Vaccination North-Western Provinces 1866-1877 - 1866-1877
Year: 1866
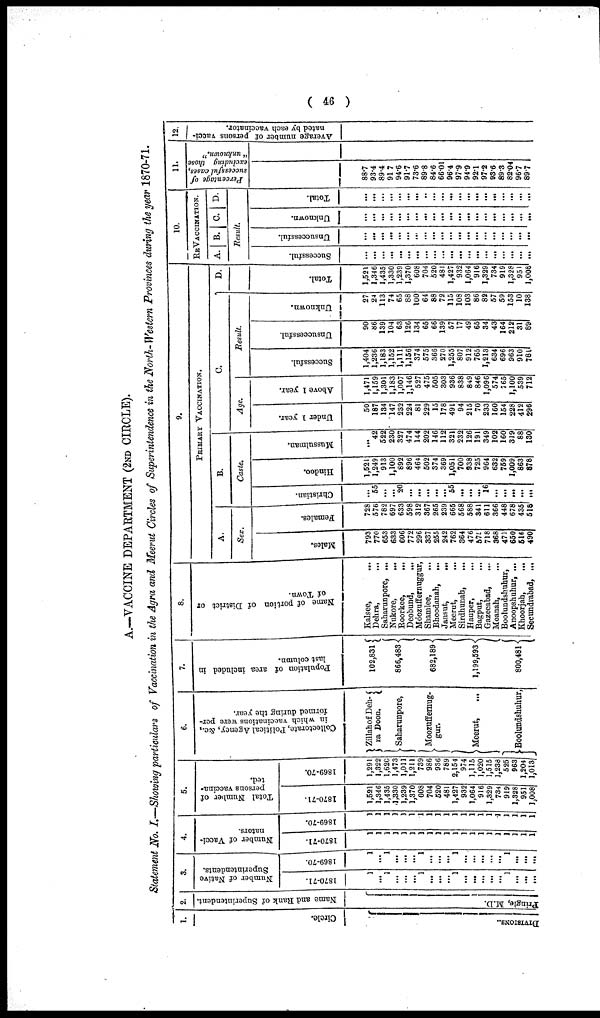
( 46 )
A.—VACCINE DEPARTMENT ( 2ND CIRCLE).
Statement No. I.—Showing particulars of Vaccination in the Agra and Meerut Circles of Superintendence in the North- Western Provinces during the y
1.
Circle.
DIVISIONS.
2.
Name and Rank of Superintendent.
Pringle, M.D.
3.
Number of Native
Superintendents.
1870-71.
1
...
1
...
...
... 1
...
...
... 1
...
...
...
...
... 1
...
...
...
1869-70.
1
...
1
...
...
...
1
...
...
...
1
...
...
...
...
...
1
...
...
...
4.
Number of Vacci-
nators.
1870-71.
1
1
1
1
1
1
1
1
1
1
1
1
1
1
1
1
1
1
1
1
1869-70.
1
1
1
1
1
1
1
1
1
1
1
1
1
1
1
1
1
1
1 1
5.
Total Number of
persons vaccina-
ted.
1870-71.
1, 521
1, 346
1, 435
1, 330
1, 239
1, 370
608
704
520
481
1, 427
932
1, 064
916
1, 329
734
919
1, 328
951
1, 008
1869-70.
1, 291
1, 322
1, 620
1, 473
1, 011
1, 211
739
986
936
789
2, 154
974
1, 115
1, 020
1, 515
1, 238
525
963
1, 204
1, 013
6.
Collectorate, Political Agency, &c.,
in which vaccinations were per-
formed during the year.
Zillah of Deh-
ra Doon.
Saharunpore,
Moozuffernug-
gur.
Meerut, ...
Boolundshuhur,
7.
P opulation of area included in
last column.
102, 831
866, 483
682, 189
1, 199, 593
800, 481
8.
Name of portion of District or
of Town.
Kalsee,
...
Dehra,
...
Saharunpore, ...
Nukore,
...
Roorkee, ...
Deobund, ...
Moozuffernuggur,
Shamlee, ...
Bhoodanah, ...
Jansut,
...
Meerut,
...
Sirdhunah, ...
Hauper, ...
Bagput,
...
Gazeeabad, ...
Moanah, ...
Boolundshuhur,
Anoopshuhur, ...
Khoorjah, ...
Secundrabad, ...
9.
PRIMARY
VACCI NATI ON.
A.
Sea
Males.
793
770
653
633
606
772
296
337
255
242
762
364
476
575
718
368
471
650
516
490
Females.
728
576
782
697
633
598
312
367
265
239
665
568
588
341
611
366
448
678
435
518
B.
Caste.
Christian.
...
55
...
...
20
...
...
...
...
...
55
...
...
...
16
...
...
...
...
...
Hindoo.
1, 521
1, 249
913
1, 100
892
896
464
502
374
369
1, 051
700
938
725
964
632
759
1, 009
863
878
Mussulman.
...
42
522
230
327
474
144
202
146
112
321
232
126
191
349
102
160
319
88
130
C.
Age.
Under 1 year.
50
187
134
147
232
224
81
229
15
178
491
94
215
70
233
160
154
228
412
296
Above 1 year.
1, 471
1, 159
1, 301
1, 183
1, 007
1, 146
527
475
505
303
936
838
849
846
1, 096
574
765
1, 100
539
712
Result.
Successful.
1, 404
1, 236
1, 183
1, 152
1, 111
1, 156
374
575
366
270
1, 255
807
912
765
1, 213
634
696
963
910
781
Unsuccessful.
90
86
139
104
63
126
134
65
66
139
57
17
49
65
34
43
164
212
31
89
Unknown.
27
24
113
74
65
88
100
64
88
72
115
108
103
86
82
57
59
153
10
138
D.
Total.
1, 521
1, 346
1, 435
1, 330
1, 239
1, 370
608
704
520
481
1, 427
932
1, 064
916
1, 329
734
919
1, 328
951
1, 008
10.
REVACCI NATI ON.
A. B. C. D.
Result.
Successful.
...
...
...
...
...
...
...
...
...
...
...
...
...
...
...
...
...
...
...
...
Unsuccessful.
...
...
...
...
...
...
...
...
...
...
...
...
...
...
...
...
...
...
...
...
Unknown.
...
...
...
...
...
...
...
...
...
...
...
...
...
...
...
...
...
...
...
...
Total.
...
...
...
...
...
...
...
...
...
...
...
...
...
...
...
...
...
...
...
...
11.
Percentage of
successful cases,
excluding those
" unknown."
88. 7
93. 4
89. 4
91.7
94. 6
91. 7
73. 6
89. 8
84. 6
66. 01
96. 4
97. 9
94. 9
92. 1
97.2
93. 6
89. 3
82. 04
96. 7
89.7
12.
Average number of persons vacci-
nated by each vaccinator.